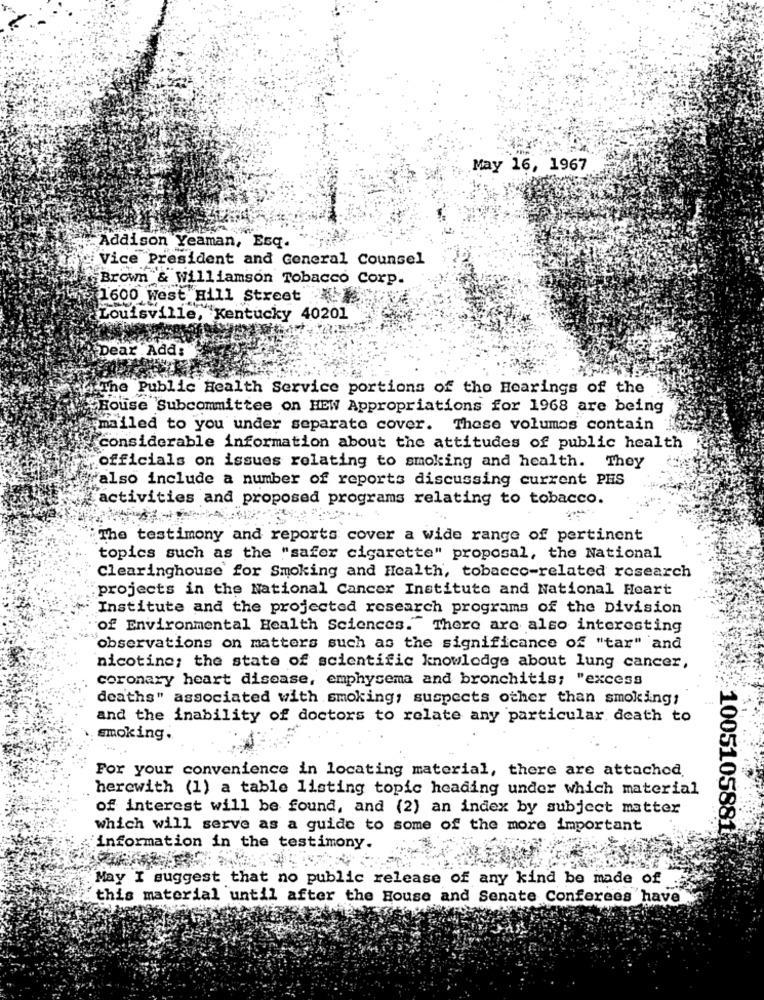
May 16, 1967
Addison Yeaman, Esq.
Vice President and General Counsel
Brown & Williamson Tobacco Corp.
1600 West Hill Street
Louisville, Kentucky 40201
pear Add:
The Public Health Service portions of the Hearings of the
House Subcommittee on HEW Appropriations for 1968 are being
mailed to you under separate cover. These volumes contain
considerable information about the attitudes of public health
officials on issues relating to smoking and health. They
"also include a number of reports discussing current PHS
activities and proposed programs relating to tobacco.
The testimony and reports cover a wide range of pertinent
topics such as the "safer cigarette" proposal, the National
Clearinghouse for Smoking and Health, tobacco-related research
projects in the National Cancer Institute and National Heart
Institute and the projected research programs of the Division
of Environmental Health Sciences."There are also interesting
observations on matters such as the significance of "tar" and
nicotine; the state of scientific knowledge about lung cancer,
coronary heart disease, emphysema and bronchitis; "excess
deaths" associated with smoking, suspects other than smoking;
and the inability of doctors to relate any particular death to
smoking.
For your convenience in locating material, there are attached.
herewith (1) a table listing topic heading under which material
of interest will be found, and (2) an index by subject matter
which will serve as a guide to some of the more important
10051058815
information in the testimony.
May I suggest that no public release of any kind be made of
this material until after the House and Senate Conferees have